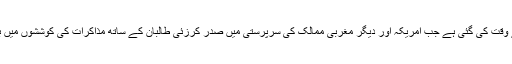
بسم اللہ کی تقرری ایک ایسے وقت کی گئی ہے جب امریکہ اور دیگر مغربی ممالک کی سرپرستی میں صدر کرزئی طالبان کے ساتھ مذاکرات کی کوششوں میں بظاہر مصروف نظر آتے ہیں۔